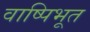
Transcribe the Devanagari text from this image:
वाष्पिभूत